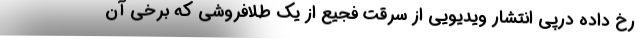
رخ داده درپی انتشار ویدیویی از سرقت فجیع از یک طلافروشی که برخی آن